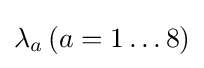
\lambda _{a}\,(a=1\ldots 8)